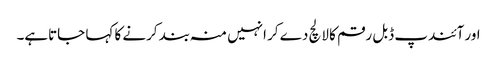
اور آئندپ ڈبل رقم کا لالچ دے کر انہیں منہ بند کرنے کا کہا جاتاہے۔